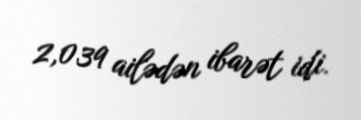
2,039 ailədən ibarət idi.